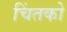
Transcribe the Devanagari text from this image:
चिंतको